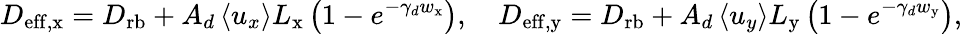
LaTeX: D_{\mathrm{eff,x}}=D_{\mathrm{rb}}+A_{d}\left<u_{x}\right>L_{\mathrm{x}}\left(1-e^{-\gamma_{d}w_{\mathrm{x}}}\right),\quad D_{\mathrm{eff,y}}=D_{\mathrm{rb}}+A_{d}\left<u_{y}\right>L_{\mathrm{y}}\left(1-e^{-\gamma_{d}w_{\mathrm{y}}}\right),